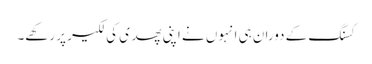
کسنگ کے دوران ہی انہوں نے اپنی پھدی کی لکیر پر رکھے۔